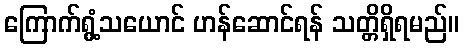
ကြောက်ရွံ့သယောင် ဟန်ဆောင်ရန် သတ္တိရှိရမည်။